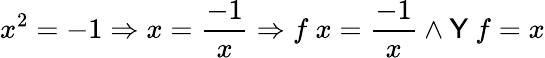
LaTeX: x^{2}=-1\Rightarrow x={\frac{-1}{x}}\Rightarrow f\ x={\frac{-1}{x}}\land{\textsf{Y}}\ f=x